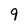
Character: 9